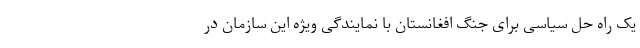
یک راه حل سیاسی برای جنگ افغانستان با نمایندگی ویژه این سازمان در